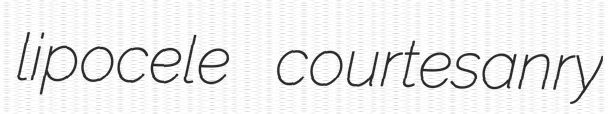
lipocele courtesanry